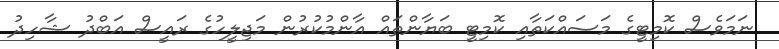
ނަމަވެސް ކޮމިޓީގެ މަސައްކަތާއި ކޮމިޓީ ބަޔާންތައް އާންމުކުރުން މަޖިލީހުގެ ރައީސް އަބްދު ޝާހިދު